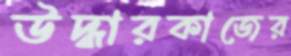
উদ্ধারকাজের